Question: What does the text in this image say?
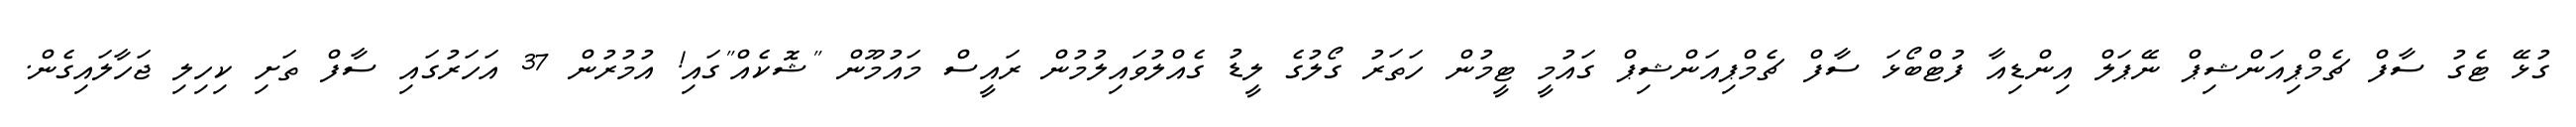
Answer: ގުޅޭ ޓެގު ސާފް ޗެމްޕިއަންޝިޕް ނޭޕަލް އިންޑިއާ ފުޓްބޯޅަ ސާފް ޗެމްޕިއަންޝިޕް ގައުމީ ޓީމުން ހަތަރު ގޯލުގެ ލީޑު ގެއްލުވައިލުމުން ރައީސް މައުމޫން "ޝޮކެއް"ގައި! އުމުރުން 37 އަހަރުގައި ސާފް ތަށި ކިހިލި ޖަހާލައިގެން.